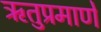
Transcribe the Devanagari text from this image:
ऋतुप्रमाणे